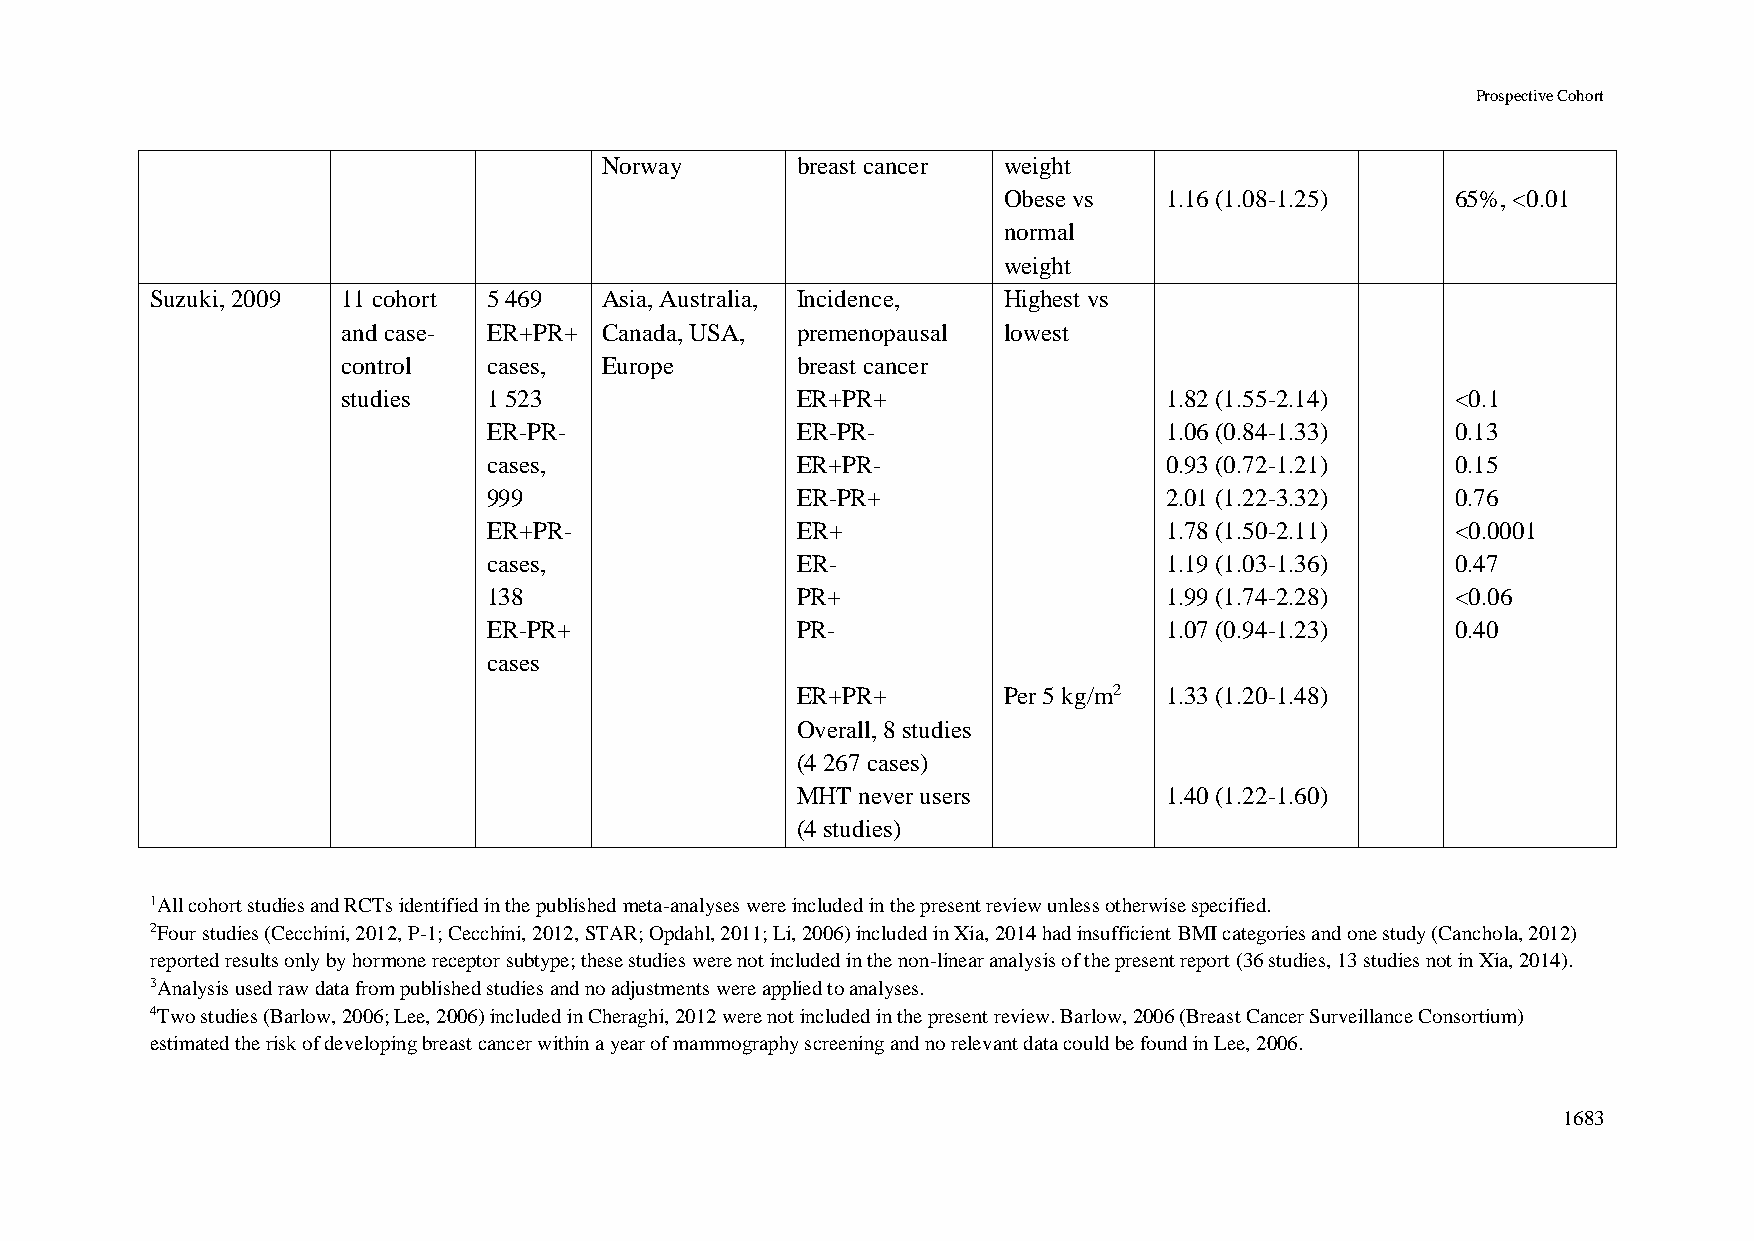
Prospective Cohort
 Norway       breast cancer weight
 Obese vs   1.16 (1.08-1.25)   65%, <0.01
 normal
 weight
 Suzuki, 2009 11 cohort 5 469  Asia, Australia, Incidence, Highest vs
 and case- ER+PR+ Canada, USA, premenopausal lowest
 control  cases,  Europe       breast cancer
 studies  1 523                ER+PR+                  1.82 (1.55-2.14)   <0.1
 ER-PR-               ER-PR-                  1.06 (0.84-1.33)   0.13
 cases,               ER+PR-                  0.93 (0.72-1.21)   0.15
 999                  ER-PR+                  2.01 (1.22-3.32)   0.76
 ER+PR-               ER+                     1.78 (1.50-2.11)   <0.0001
 cases,               ER-                     1.19 (1.03-1.36)   0.47
 138                  PR+                     1.99 (1.74-2.28)   <0.06
 ER-PR+               PR-                     1.07 (0.94-1.23)   0.40
 cases
 ER+PR+       Per 5 kg/m2 1.33 (1.20-1.48)
 Overall, 8 studies
 (4 267 cases)
 MHT never users         1.40 (1.22-1.60)
 (4 studies)
 1All cohort studies and RCTs identified in the published meta-analyses were included in the present review unless otherwise specified.
 2Four studies (Cecchini, 2012, P-1; Cecchini, 2012, STAR; Opdahl, 2011; Li, 2006) included in Xia, 2014 had insufficient BMI categories and one study (Canchola, 2012)
 reported results only by hormone receptor subtype; these studies were not included in the non-linear analysis of the present report (36 studies, 13 studies not in Xia, 2014).
 3Analysis used raw data from published studies and no adjustments were applied to analyses.
 4Two studies (Barlow, 2006; Lee, 2006) included in Cheraghi, 2012 were not included in the present review. Barlow, 2006 (Breast Cancer Surveillance Consortium)
 estimated the risk of developing breast cancer within a year of mammography screening and no relevant data could be found in Lee, 2006.
 1683